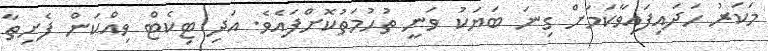
މަކަރު ހަދައިފައިވާކަމަށް ގިނަ ބަޔަކު ވަނީ ތުހުމަތުކޮށްފައެވެ. އަދި ޓިކެޓް ވިއްކަން ފެށިތާ